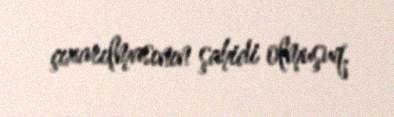
çıxarılmasının şahidi olmuşuq.